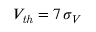
V _ { \mathrm { \it t h } } = 7 ~ \! \sigma _ { V }